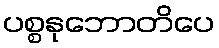
ပစ္စနုဘောတိပေ